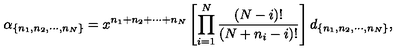
\alpha _ { \{ n _ { 1 } , n _ { 2 } , \cdots , n _ { N } \} } = x ^ { n _ { 1 } + n _ { 2 } + \cdots + n _ { N } } \left[ \prod _ { i = 1 } ^ { N } \frac { ( N - i ) ! } { ( N + n _ { i } - i ) ! } \right] d _ { \{ n _ { 1 } , n _ { 2 } , \cdots , n _ { N } \} } ,